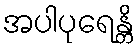
အပါပုရေန္တိ